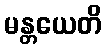
မန္တယေတိ